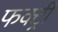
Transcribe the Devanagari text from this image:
फक्ट्री